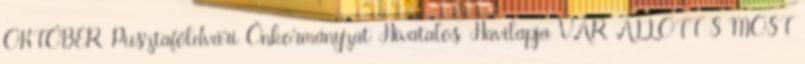
OKTÓBER Pusztaföldvári Önkormányzat Hivatalos Havilapja VÁR ÁLLOTT S MOST